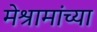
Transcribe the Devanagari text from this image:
मेश्रामांच्या